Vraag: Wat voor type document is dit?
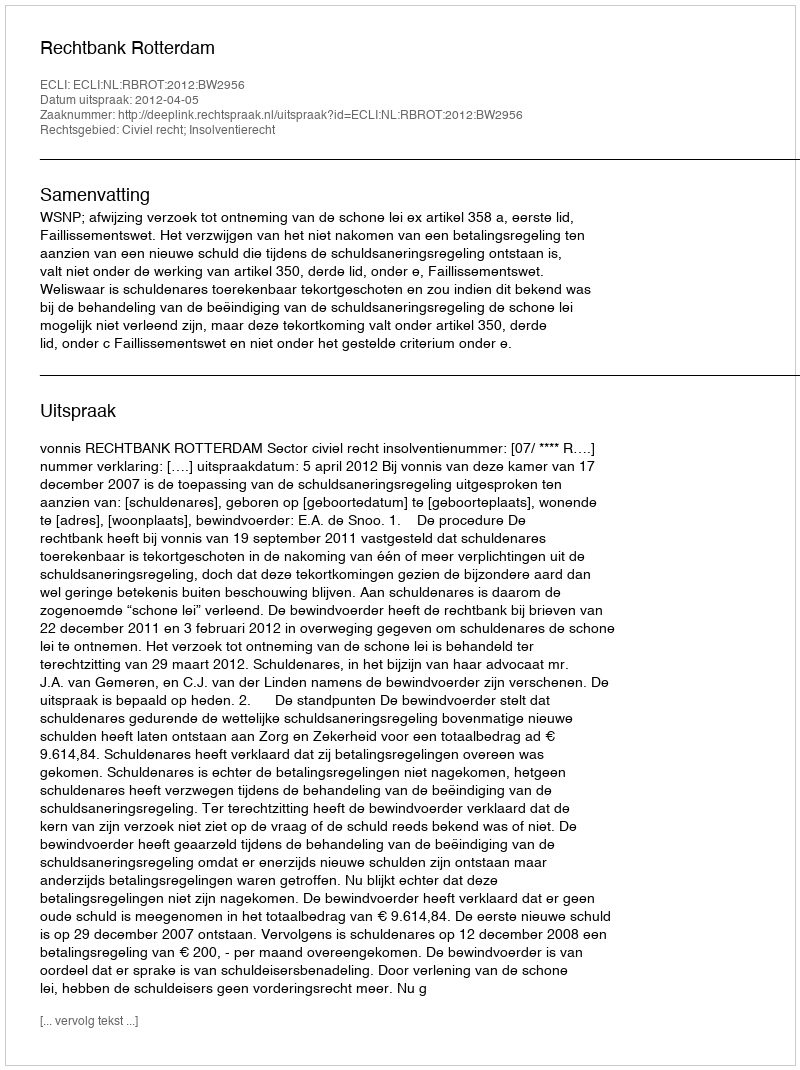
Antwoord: Uitspraak